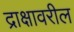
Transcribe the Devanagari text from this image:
द्राक्षावरील